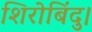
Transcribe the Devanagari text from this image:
शिरोबिंदु।